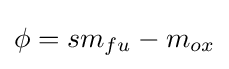
\phi =sm_{fu}-m_{ox}